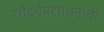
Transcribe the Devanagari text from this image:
सौंदर्यप्रसाधनांची